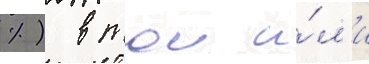
%) в тои и́л'и